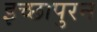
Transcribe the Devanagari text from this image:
इच्छापुरन